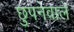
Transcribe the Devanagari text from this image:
छुपनेवाले